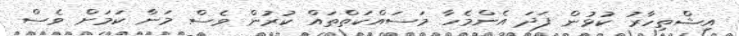
އިޝްތިހާރު ކުޅުން ފަދަ އެންމެހާ މަސައްކަތްތައް ކުރުން ވެސް މަނާ ކަމަށް ވެސް